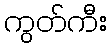
ကွတ်ကီး